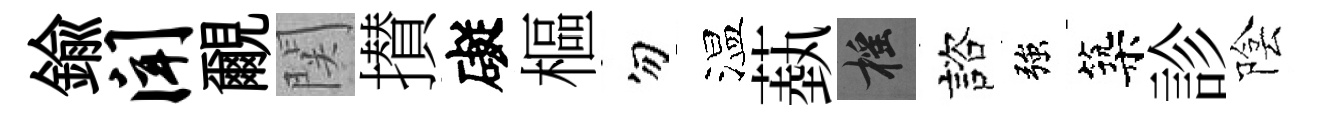
鍮闻覼関攅礙樞勿温蓺摇諮強築診陰